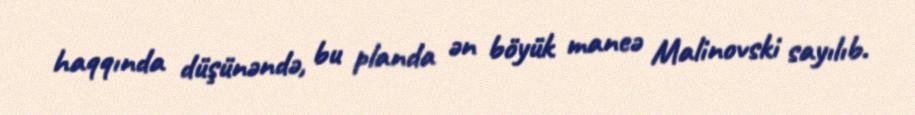
haqqında düşünəndə, bu planda ən böyük maneə Malinovski sayılıb.